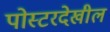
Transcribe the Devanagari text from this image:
पोस्टरदेखील